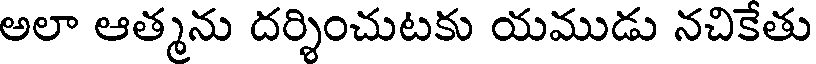
అలా ఆత్మను దర్శించుటకు యముడు నచికేతు